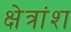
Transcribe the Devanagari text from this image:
क्षेत्रांश